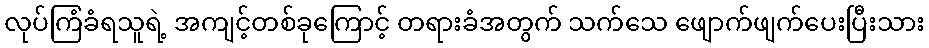
လုပ်ကြံခံရသူရဲ့ အကျင့်တစ်ခုကြောင့် တရားခံအတွက် သက်သေ ဖျောက်ဖျက်ပေးပြီးသား